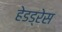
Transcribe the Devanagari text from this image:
हेडड्रेस